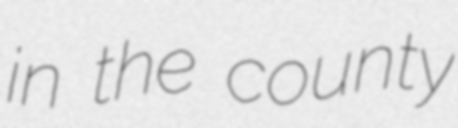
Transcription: in the county